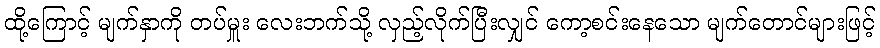
ထို့ကြောင့် မျက်နှာကို တပ်မှူး လေးဘက်သို့ လှည့်လိုက်ပြီးလျှင် ကော့စင်းနေသော မျက်တောင်များဖြင့်